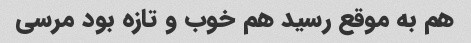
هم به موقع رسید هم خوب و تازه بود مرسی